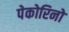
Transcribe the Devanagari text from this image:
पेकोरिनो